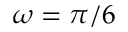
\omega = \pi / 6